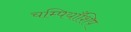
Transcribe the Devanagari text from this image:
चम्पियाँशिप